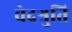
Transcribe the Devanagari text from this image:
वेदश्रुति